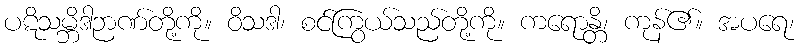
ပဋိသမ္ဘိဒါဉာဏ်တို့ကို။ ဝိသဒါ၊ စင်ကြွယ်သည်တို့ကို။ ကရောန္တိ၊ ကုန်၏။ အပရေ၊